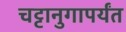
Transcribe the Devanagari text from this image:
चट्टानुगापर्यंत